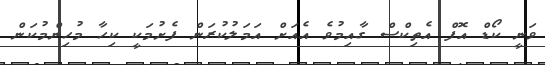
ވަނީ ކޯޑް އޮފް އެތިކްސް ގާއިމުވެ އެއަށް އަމަލުކުރަން ފެށުމަކީ ކިހާ މުހިންމުކަން